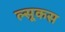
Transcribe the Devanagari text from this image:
ल्सूकस